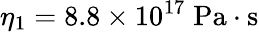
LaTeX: \eta_{1}=8.8\times 10^{17}\; \mathrm{Pa\cdot s}